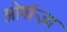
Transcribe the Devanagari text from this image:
ओर्गान्ज़ा